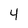
Character: 4